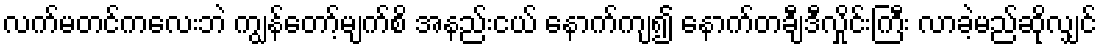
လက်မတင်ကလေးဘဲ ကျွန်တော့်မျက်စိ အနည်းငယ် နောက်ကျ၍ နောက်တချီဒီလှိုင်းကြီး လာခဲ့မည်ဆိုလျှင်